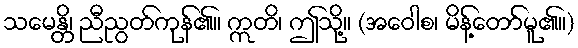
သမေန္တိ၊ ညီညွတ်ကုန်၏။ ဣတိ၊ ဤသို့။ (အဝေါစ၊ မိန့်တော်မူ၏။)